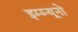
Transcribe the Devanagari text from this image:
इम्म्यूनो